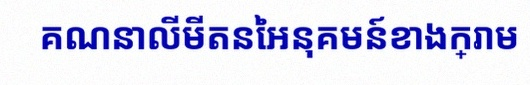
គណនាលីមីតនៃអនុគមន៍ខាងក្រោម